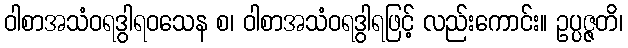
ဝါစာအသံဝရဒွါရဝသေန စ၊ ဝါစာအသံဝရဒွါရဖြင့် လည်းကောင်း။ ဥပ္ပဇ္ဇတိ၊